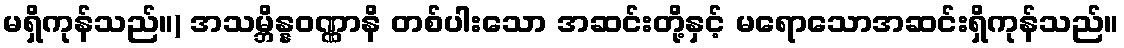
မရှိကုန်သည်။) အသမ္ဘိန္နဝဏ္ဏာနိ တစ်ပါးသော အဆင်းတို့နှင့် မရောသောအဆင်းရှိကုန်သည်။